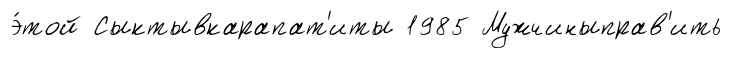
э́той Сыктывкарапат'иты 1985 Мужчиныправ'ить